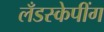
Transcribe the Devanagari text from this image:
लँडस्केपींग